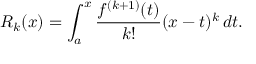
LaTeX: R _ { k } ( x ) = \int _ { a } ^ { x } { \frac { f ^ { ( k + 1 ) } ( t ) } { k ! } } ( x - t ) ^ { k } \, d t .